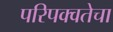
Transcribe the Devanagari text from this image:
परिपक्वतेचा